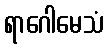
ရာဂေါမေသံ